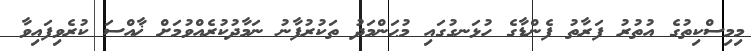
މިމިސްކިތުގެ އުތުރު ފަރާތު ފެންޑާގެ ހުޅަނގުގައި މުޙަންމަދު ތަކުރުފާނު ނަމާދުކުރެއްވުމަށް ޚާއްސަ ކުރެވިފައިވާ